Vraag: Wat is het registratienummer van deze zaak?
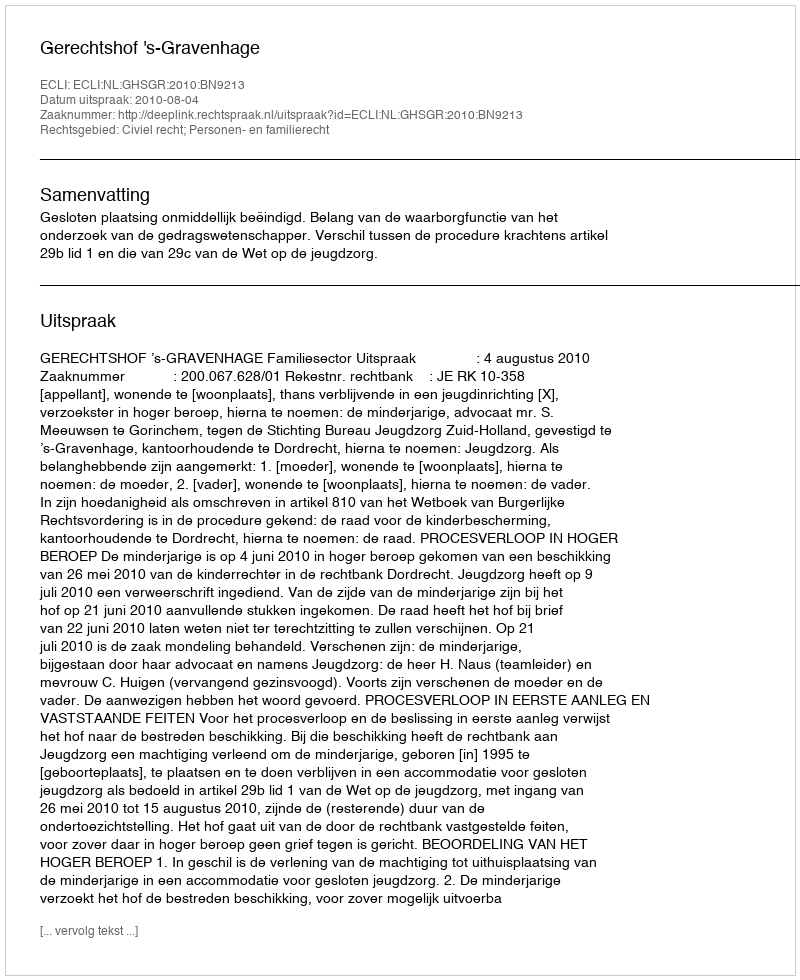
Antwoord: http://deeplink.rechtspraak.nl/uitspraak?id=ECLI:NL:GHSGR:2010:BN9213